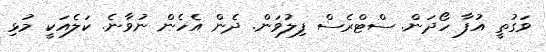
ވަގުތީ އުފާ ހޯދަން. ސްޓްރެސް ފިލުވަން. ދެން އެހެން ނުވާނެ. ކަލެއަކީ މުޅި